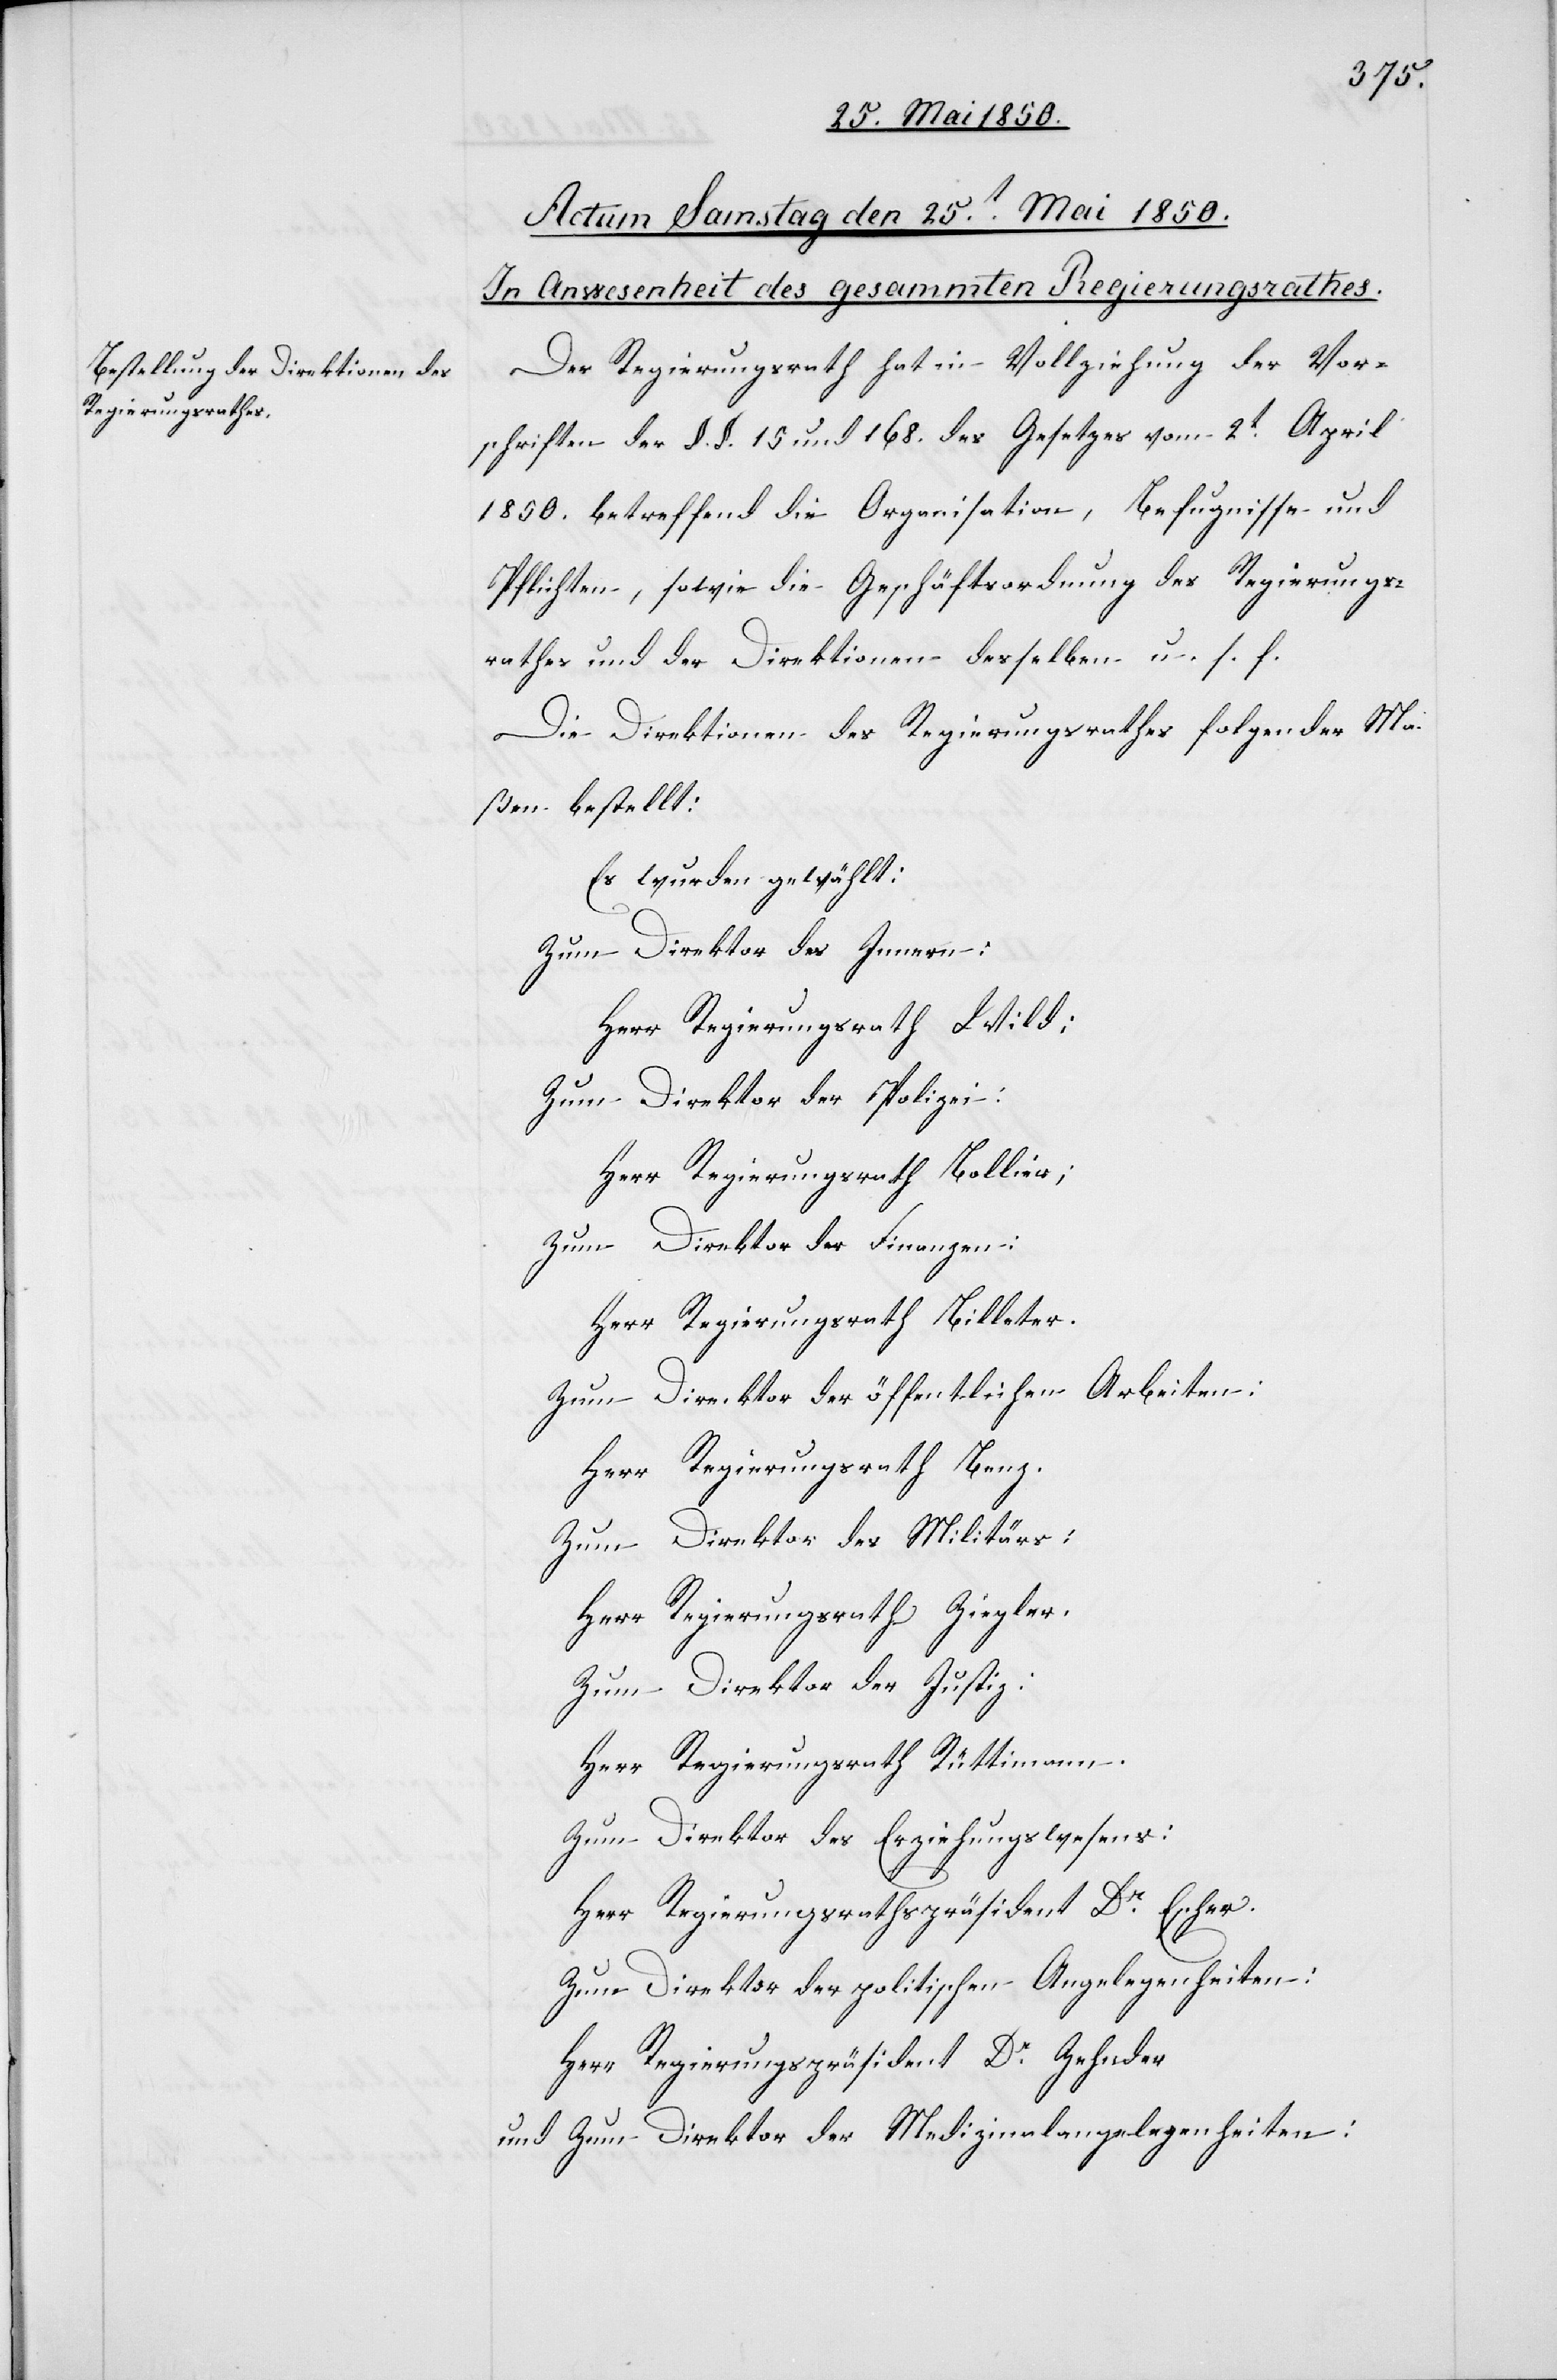
Der Regierungsrath hat in Vollziehung der Vor¬
schriften der §. §. 15 und 168. des Gesetzes vom 2t April
1850. betreffend die Organisation, Befugnisse und
Pflichten, sowie die Geschäftsordnung des Regierungs¬
rathes und der Direktionen desselben u. s. f.
Die Direktionen des Regierungsrathes folgender Ma¬
ßen bestellt:
Es wurde gewählt:
Zum Direktor des Innern:
Herr Regierungsrath Wild;
Zum Direktor der Polizei:
Herr Regierungsrath Bollier;
Zum Direktor der Finanzen:
Herr Regierungsrath Billeter.
Zum Direcktor der öffentlichen Arbeiten:
Herr Regierungsrath Benz.
Zum Direktor des Militärs:
Herr Regierungsrath Ziegler.
Zum Direktor der Justiz:
Herr Regierungsrath Rüttimann.
Zum Direktor des Erziehungswesens:
Herr Regierungsrathspräsident Dr Escher.
Zum Direktor der politischen Angelegenheiten:
Herr Regierungspräsident Dr Zehnder
und Zum Direktor der Medizinalangelegenheiten: